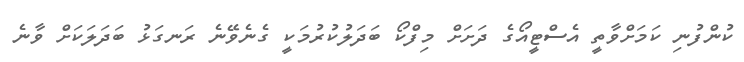
ކުންފުނި ކަމަށްވާތީ އެސްޓީއޯގެ ދަށަށް މިފްކޯ ބަދަލުކުރުމަކީ ގެނެވޭނެ ރަނގަޅު ބަދަލަކަށް ވާނެ